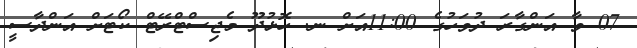
07 ވާ އަންގާރަ ދުވަހުގެ 11:00އަށް ނ. ހޮޅުދޫ މެޖިސްޓްރޭޓް ކޯޓަށް އަންދާސީ